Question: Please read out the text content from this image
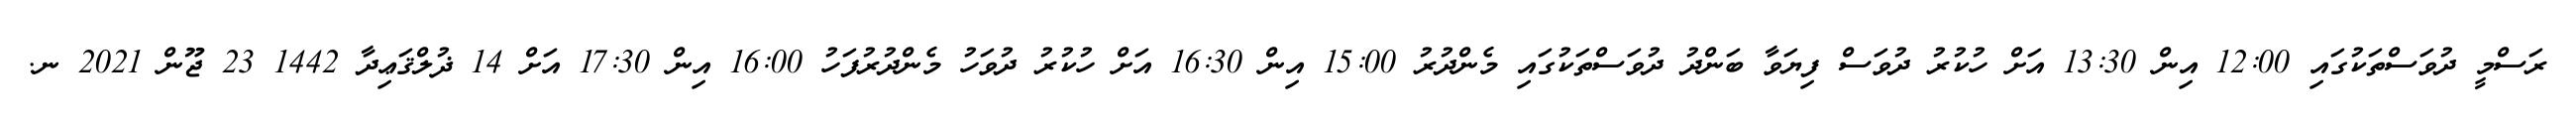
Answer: ރަސްމީ ދުވަސްތަކުގައި 12:00 އިން 13:30 އަށް ހުކުރު ދުވަސް ފިޔަވާ ބަންދު ދުވަސްތަކުގައި މެންދުރު 15:00 އިން 16:30 އަށް ހުކުރު ދުވަހު މެންދުރުފަހު 16:00 އިން 17:30 އަށް 14 ޛުލްޤަޢިދާ 1442 23 ޖޫން 2021 ނ.